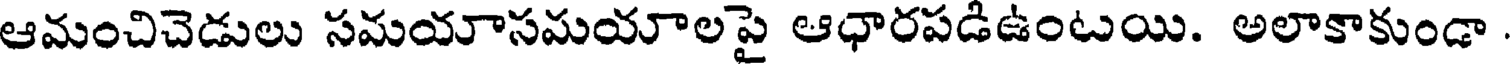
ఆమంచిచెడులు సమయాసమయాలపై ఆధారపడిఉంటయి. అలాకాకుండా